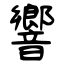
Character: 響